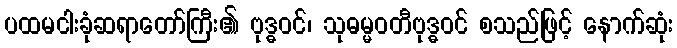
ပထမငါးခုံဆရာတော်ကြီး၏ ဗုဒ္ဓဝင်၊ သုဓမ္မဝတီဗုဒ္ဓဝင် စသည်ဖြင့် နောက်ဆုံး